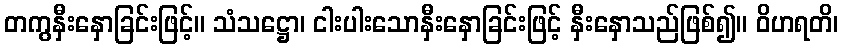
တကွနှီးနှောခြင်းဖြင့်။ သံသဋ္ဌော၊ ငါးပါးသောနှီးနှောခြင်းဖြင့် နှီးနှောသည်ဖြစ်၍။ ဝိဟရတိ၊